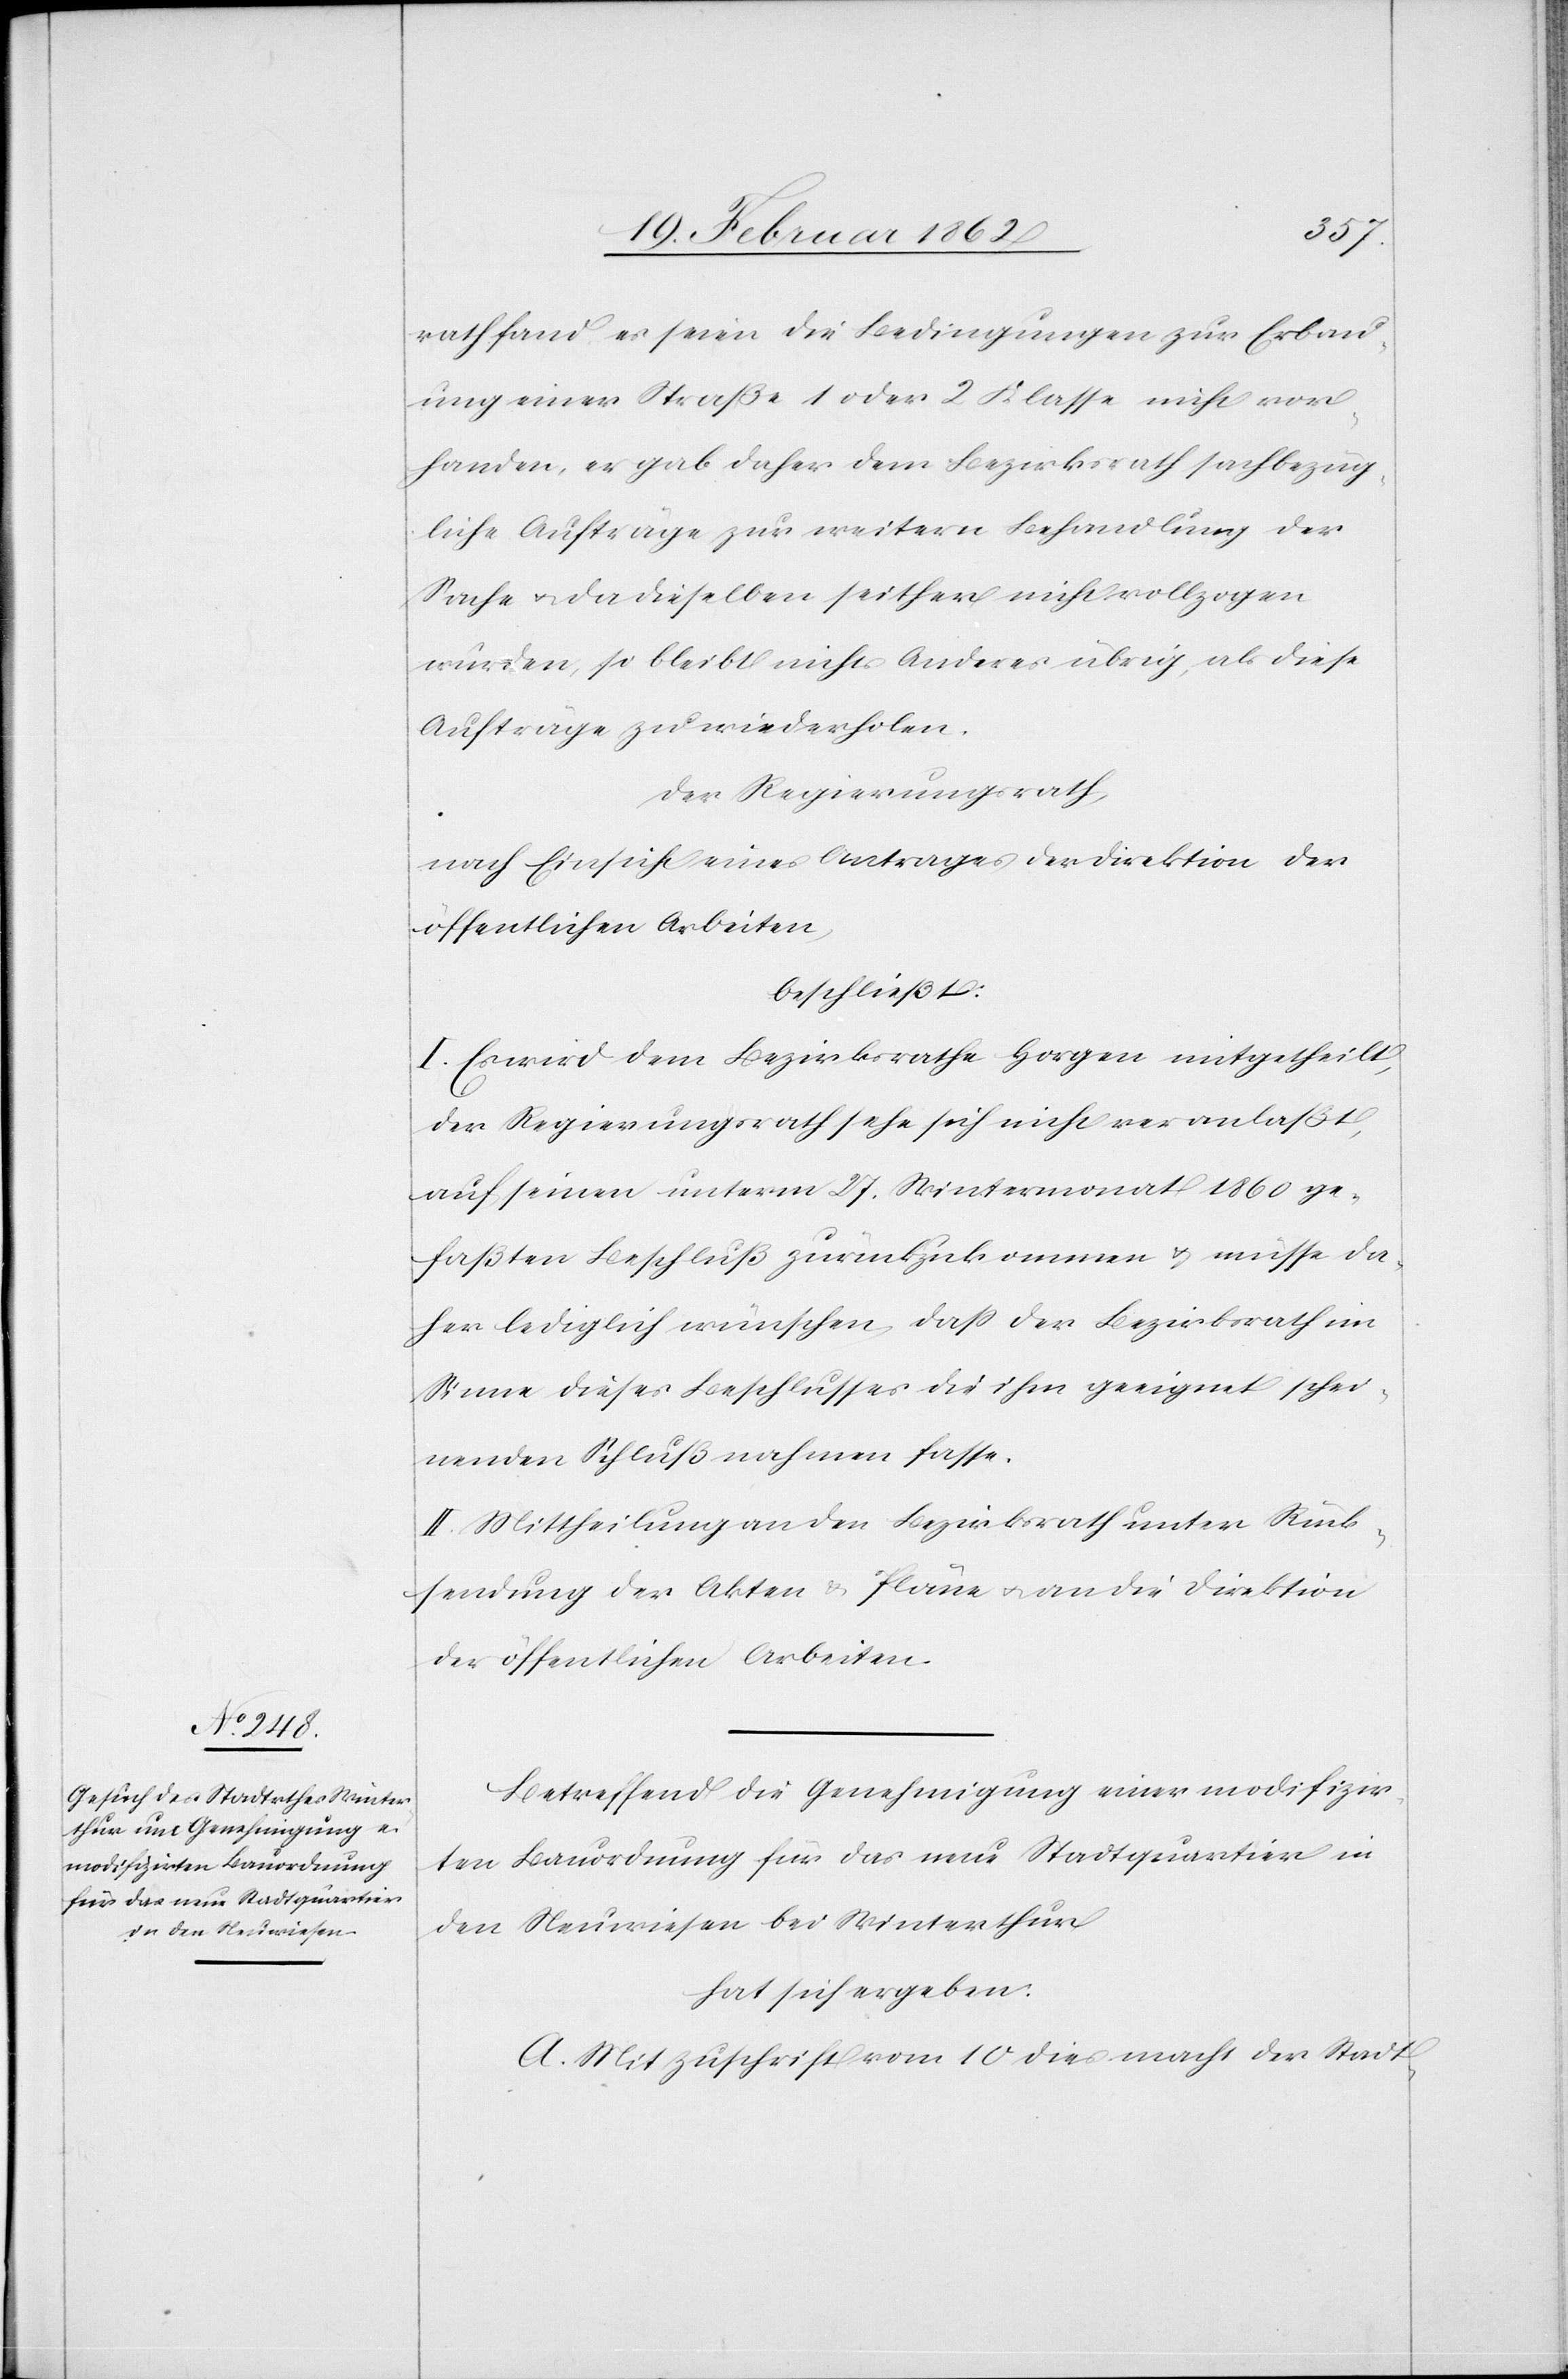
rath fand, es seien die Bedingungen zur Erbau¬
ung einer Straße 1 oder 2 Klasse nicht vor¬
handen, er gab daher dem Bezirksrath sachbezüg¬
liche Aufträge zur weitern Behandlung der
Sache u. da dieselben seither nicht vollzogen
wurden, so bleibt nichts Anderes übrig, als diese
Aufträge zu wiederholen.
Der Regierungsrath,
nach Einsicht eines Antrages der Direktion der
öffentlichen Arbeiten,
beschließt:
I. Es wird dem Bezirksrath Horgen mitgetheilt,
der Regierungsrath sehe sich nicht veranlaßt,
auf seinen unterm 27. Wintermonat 1860 ge¬
faßten Beschluß zurückzukommen u. müsse da¬
her lediglich wünschen, daß der Bezirksrath im
Sinne dieses Beschlusses die ihm geeignet schei¬
nenden Schlußnahmen fasse.
II. Mittheilung an den Bezirksrath unter Rück¬
sendung der Akten & Pläne u. an die Direktion
der öffentlichen Arbeiten.
Betreffend die Genehmigung einer modifizir¬
ten Bauordnung für das neue Stadtquartier in
den Neuwiesen bei Winterthur
hat sich ergeben:
A. Mit Zuschrift vom 10 dies macht der Stadt-